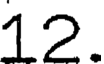
12.